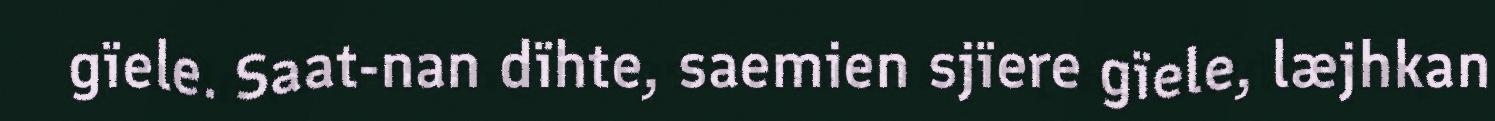
gïele. Saat-nan dïhte, saemien sjïere gïele, læjhkan